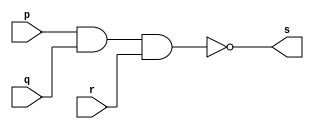
// Guia 01  -  NAND
// Nome : Jessica Luisa Betonico Andrade

// ---------------------------------------------------

// -- nand gate --

// ---------------------------------------------------

module nandgate(s, p, q, r);
	output s;
	input p, q, r;
	
	assign s = ~(p & q & r);
	
	
endmodule // nandgate

// --------------------------------------------------

// -- teste nand gate --

// --------------------------------------------------


module testandogate;
	reg a, b, c;
	wire s;
	
			// instancia			
	nandgate NAND1(s, a, b, c);
	
			// parte principal
			
	initial begin
	
	$display("Guia 01 - Jessica Luisa Betonico Andrade -  412748 ");
	$display("Test NAND gate");
	$display("\n ~(a & b & c) = s \n ");
	a=0; b=0; c=0;
	
#1 $display("%b & %b & %b = %b", a, b, c, s);
	a=0; b=0; c=1;
#1 $display("%b & %b & %b = %b", a, b, c, s);
	a=0; b=1; c=0;
#1 $display("%b & %b & %b = %b", a, b, c, s);
	a=1; b=0; c=0;	
#1 $display("%b & %b & %b = %b", a, b, c, s);
	a=0; b=1; c=1;
#1 $display("%b & %b & %b = %b", a, b, c, s);
	a=1; b=0; c=1;
#1 $display("%b & %b & %b = %b", a, b, c, s);
	a=1; b=1; c=0;
#1 $display("%b & %b & %b = %b", a, b, c, s);
	a=1; b=1; c=1;
#1 $display("%b & %b & %b = %b", a, b, c, s);


end 

endmodule // testandogate